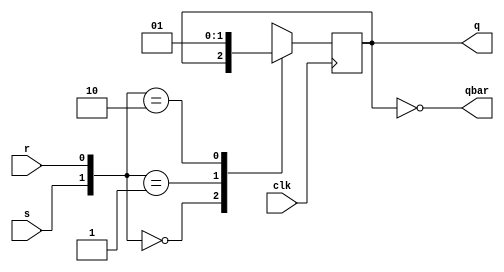
`timescale 1ns / 1ps
//////////////////////////////////////////////////////////////////////////////////
// Company: 
// Engineer: 
// 
// Design Name: 
// Module Name: jk_ff_using_sr
// Project Name: 
// Target Devices: 
// Tool Versions: 
// Description: 
// 
// Dependencies: 
// 
// Revision:
// Revision 0.01 - File Created
// Additional Comments:
// 
//////////////////////////////////////////////////////////////////////////////////
module sr_ff(input s,r,clk,output reg q=0,output qbar);
always@(posedge clk)
begin
case({s,r})
2'b00:q<=q;
2'b01:q<=0;
2'b10:q<=1;
2'b11:q<=1'bx;
endcase
end
assign qbar=~q;
endmodule

module jk_ff_using_sr(
    input clk,
    input j,
    input k,
    output  q,
    output qbar
    );
    wire x1,x2;
    assign x1=(~q)&j;
    assign x2=q&k;
    sr_ff SRFF(clk,x1,x2,q,qbar);
endmodule